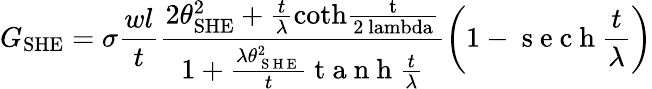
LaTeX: G_{\mathrm{SHE}}=\sigma\frac{wl}{t}\frac{2\theta_{\mathrm{SHE}}^{2}+\frac{t}{\lambda}\mathrm{coth\frac{t}{2\ lambda}}}{1+\frac{\lambda\theta_{\mathrm{~S~H~E~}}^{2}}{t}\mathrm{~t~a~n~h~}\frac{t}{\lambda}}\left(1-\mathrm{~s~e~c~h~}\frac{t}{\lambda}\right)